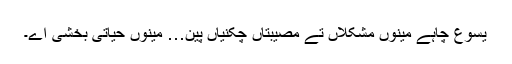
یسوع چاہے مینوں مشکلاں تے مصیبتاں چکنیاں پین… مینوں حیاتی بخشی اے۔